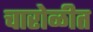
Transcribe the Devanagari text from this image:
चारोळीत